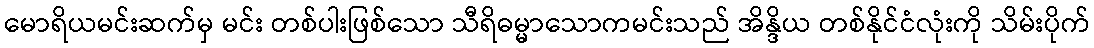
မောရိယမင်းဆက်မှ မင်း တစ်ပါးဖြစ်သော သီရိဓမ္မာသောကမင်းသည် အိန္ဒိယ တစ်နိုင်ငံလုံးကို သိမ်းပိုက်